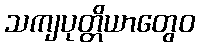
သကျပုတ္တိယာတွေဝ